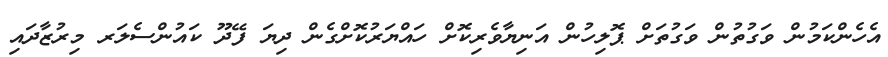
އެހެންކަމުން ވަގުތުން ވަގުތަށް ޕޮލިހުން އަނިޔާވެރިކޮށް ހައްޔަރުކޮށްގެން ދިޔަ ފޭދޫ ކައުންސެލަރ މިރުޒާދައި